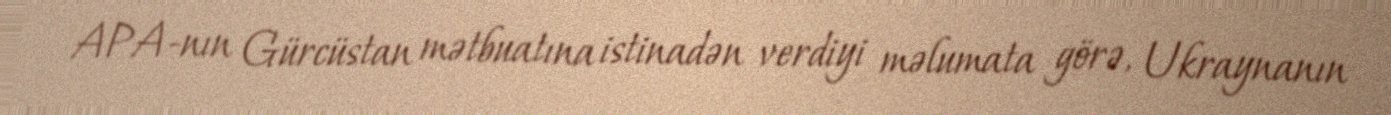
APA-nın Gürcüstan mətbuatına istinadən verdiyi məlumata görə, Ukraynanın